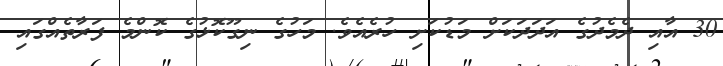
30 އާއި ދެމެދުގެ އަދަދަކަށް މަޑުކަށި ހުރެއެވެ. މަހުގެ ނިގޫކޮޅުގެ ކޮންމެ ފަރާތެއްގައި